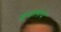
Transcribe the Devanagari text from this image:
खुजलाये